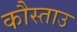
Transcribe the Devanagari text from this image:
कौस्ताउ